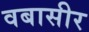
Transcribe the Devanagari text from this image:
वबासीर